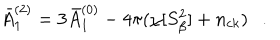
\bar { A } _ { 1 } ^ { ( 2 ) } = 3 \bar { A } _ { 1 } ^ { ( 0 ) } - 4 \pi ( \chi [ S _ { \beta } ^ { 2 } ] + n _ { c k } ) .